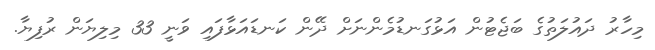
މިހާރު ދައުލަތުގެ ބަޖެޓުން އަޅުގަނޑުމެންނަށް ދޭން ކަނޑައަޅާފައި ވަނީ 33 މިލިޔަން ރުފިޔާ.